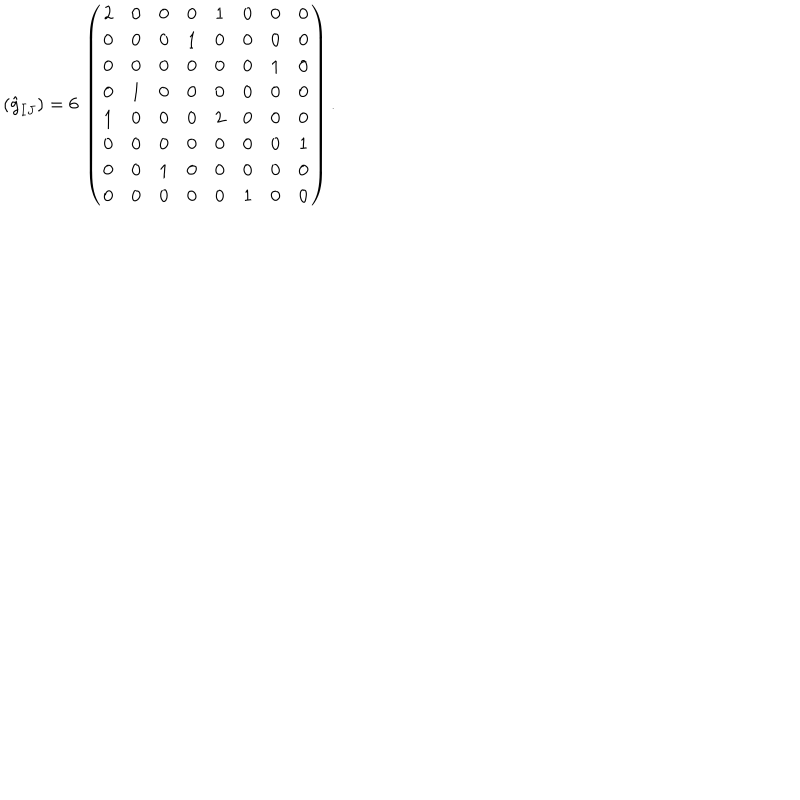
LaTeX: ( \hat { g } _ { I J } ) = 6 \, \left( \begin{array} { c c c c c c c c } { { 2 } } & { { 0 } } & { { 0 } } & { { 0 } } & { { 1 } } & { { 0 } } & { { 0 } } & { { 0 } } \\ { { 0 } } & { { 0 } } & { { 0 } } & { { 1 } } & { { 0 } } & { { 0 } } & { { 0 } } & { { 0 } } \\ { { 0 } } & { { 0 } } & { { 0 } } & { { 0 } } & { { 0 } } & { { 0 } } & { { 1 } } & { { 0 } } \\ { { 0 } } & { { 1 } } & { { 0 } } & { { 0 } } & { { 0 } } & { { 0 } } & { { 0 } } & { { 0 } } \\ { { 1 } } & { { 0 } } & { { 0 } } & { { 0 } } & { { 2 } } & { { 0 } } & { { 0 } } & { { 0 } } \\ { { 0 } } & { { 0 } } & { { 0 } } & { { 0 } } & { { 0 } } & { { 0 } } & { { 0 } } & { { 1 } } \\ { { 0 } } & { { 0 } } & { { 1 } } & { { 0 } } & { { 0 } } & { { 0 } } & { { 0 } } & { { 0 } } \\ { { 0 } } & { { 0 } } & { { 0 } } & { { 0 } } & { { 0 } } & { { 1 } } & { { 0 } } & { { 0 } } \\ \end{array} \right) .